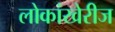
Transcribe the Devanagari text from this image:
लोकांखेरीज